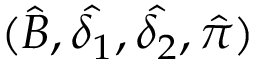
( \hat { B } , \hat { \delta _ { 1 } } , \hat { \delta _ { 2 } } , \hat { \pi } )